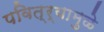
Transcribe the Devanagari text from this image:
पवित्र्यामुळे